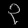
Digit: ၃